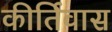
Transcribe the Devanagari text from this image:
कीर्तिवास